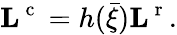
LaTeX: {\mathbf L}^{\mathrm{~c~}}=h(\bar{\xi}){\mathbf L}^{\mathrm{~r~}}.